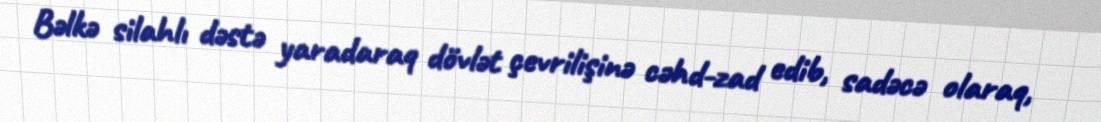
Bəlkə silahlı dəstə yaradaraq dövlət çevrilişinə cəhd-zad edib, sadəcə olaraq,